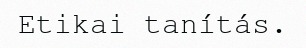
Etikai tanítás.